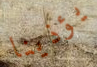
يؤذينا